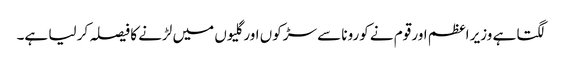
لگتا ہے وزیر اعظم اور قوم نے کورونا سے سڑکوں اور گلیوں میں لڑنے کا فیصلہ کر لیا ہے۔